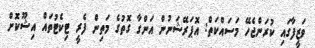
ވަޒީފާގައި ކުރަންޖެހޭ މަސައްކަތް: އޮޕަރޭޝަނުން އަންގާ ގޮތުގެ މަތިން ފެރީ ޓިކެޓުތައް އިޝޫކޮށް